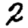
Digit: 2